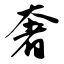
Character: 奢